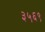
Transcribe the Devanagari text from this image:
३५६९